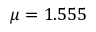
\mu = 1 . 5 5 5